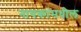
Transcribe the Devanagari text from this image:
नायकांमधील